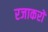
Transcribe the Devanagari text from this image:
रजाकरों